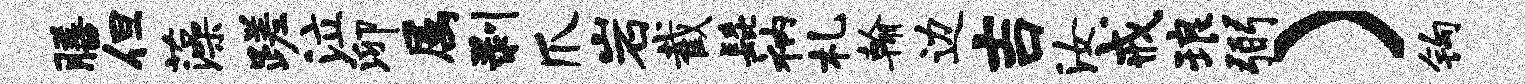
膳但藻蹉泣泖属剥爪岩截髭衲札翰边吉汝戒琅弼）钩